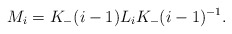
\begin{align*}M_{i}=K_{-}(i-1)L_{i}K_{-}(i-1)^{-1}. \end{align*}